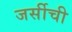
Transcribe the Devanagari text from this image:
जर्सीची